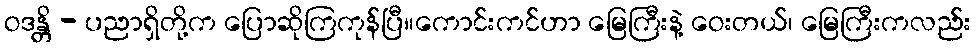
ဝဒန္တိ - ပညာရှိတို့က ပြောဆိုကြကုန်ပြီ။ကောင်းကင်ဟာ မြေကြီးနဲ့ ဝေးတယ်၊ မြေကြီးကလည်း